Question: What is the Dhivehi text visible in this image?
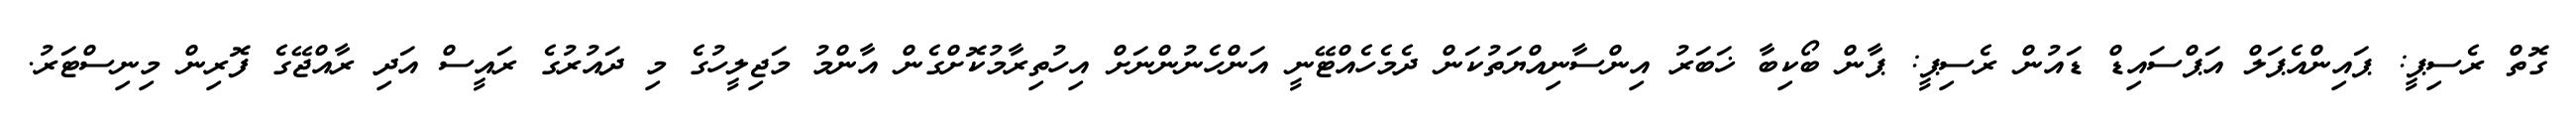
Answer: ގޮތް ރެސިޕީ: ޕައިންއެޕަލް އަޕްސައިޑް ޑައުން ރެސިޕީ: ޕާން ބޯކިބާ ޚަބަރު އިންސާނިއްޔަތުކަން ދެމެހެއްޓޭނީ އަންހެނުންނަށް އިހުތިރާމުކޮށްގެން އާންމު މަޖިލީހުގެ މި ދައުރުގެ ރައީސް އަދި ރާއްޖޭގެ ފޮރިން މިނިސްޓަރު.